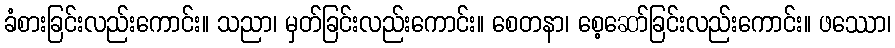
ခံစားခြင်းလည်းကောင်း။ သညာ၊ မှတ်ခြင်းလည်းကောင်း။ စေတနာ၊ စေ့ဆော်ခြင်းလည်းကောင်း။ ဖဿော၊